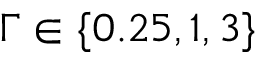
\Gamma \in \{ 0 . 2 5 , 1 , 3 \}